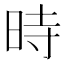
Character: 時